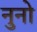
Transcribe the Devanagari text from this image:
नुनो